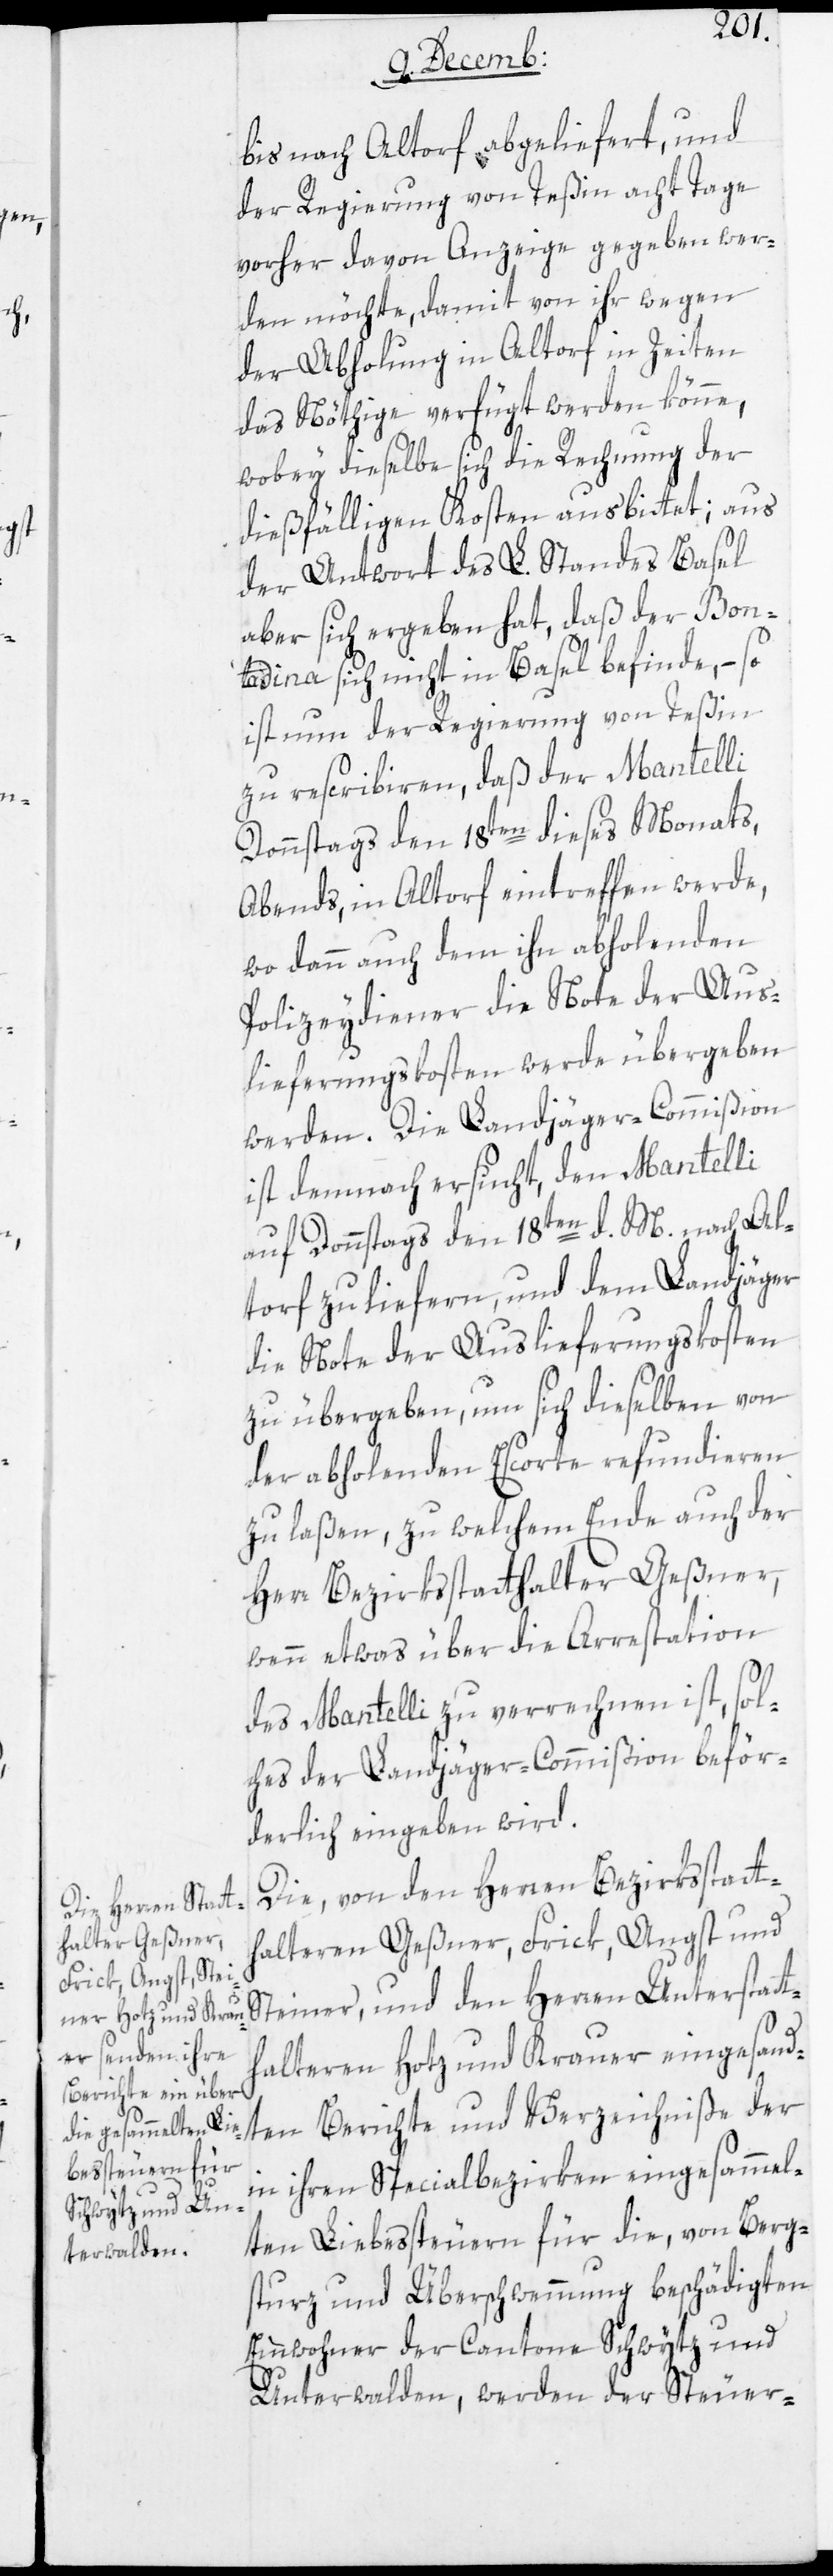
bis nach Altdorf abgeliefert, und
der Regierung von Teßin acht Tage
vorher davon Anzeige gegeben wer¬
den möchte, damit von ihr wegen
der Abholung in Altdorf in Zeiten
das Nöthige verfügt werden könne,
wobey dieselbe sich die Rechnung der
dießfälligen Kosten ausbittet; aus
der Antwort des L. Standes Basel
aber sich ergeben hat, daß der Bon¬
tadina sich nicht in Basel befinde, – so
ist nun der Regierung von Teßin
zu rescribieren, daß der Mantelli
Donnstags den 18ten dieses Monats,
Abends, in Altdorf eintreffen werde,
wo dann auch dem ihn abholenden
Polizeydiener die Note der Aus¬
lieferungskosten werde übergeben
werden. Die Landjäger-Commißion
ist demnach ersucht, den Mantelli
auf Donnstags den 18ten d. M. nach Al¬
tdorf zu liefern, und dem Landjäger
die Note der Auslieferungskosten
zu übergeben, um sich dieselben von
der abholenden Escorte refundieren
zu laßen, zu welchem Ende auch der
Herr Bezirksstatthalter Geßner,
wenn etwas über die Arrestation
des Mantelli zu verrechnen ist, sol¬
ches der Landjäger-Commißion beför¬
derlich eingeben wird.
Die von den Herren Bezirksstatt¬
halteren Geßner, Frick, Angst und
Steiner, und den Herren Unterstatt¬
halteren Hotz und Krauer eingesand¬
ten Berichte und Verzeichniße der
in ihren Spezialbezirken eingesammel¬
ten Liebessteuern für die, von Berg¬
sturz und Überschwemmung beschädigten
Einwohner der Cantone Schwytz und
Unterwalden, werden der Steuer-